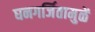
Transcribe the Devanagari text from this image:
घनगर्जितामुळें